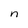
Character: n